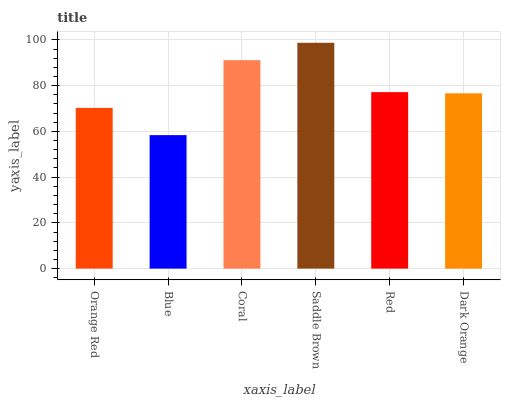
| xaxis_label | bars |
 | --- | --- |
 | Orange Red | 70.3 |
 | Blue | 58.4 |
 | Coral | 91.1 |
 | Saddle Brown | 98.7 |
 | Red | 77.2 |
 | Dark Orange | 76.6 |